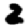
Digit: 2